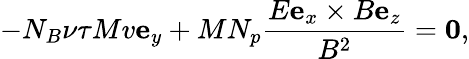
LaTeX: -N_{B}\nu\tau Mv\mathbf{e}_{y}+MN_{p}\frac{E\mathbf{e}_{x}\times B\mathbf{e}_{z}}{B^{2}}=\mathbf{0},